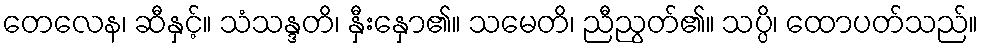
တေလေန၊ ဆီနှင့်။ သံသန္ဒတိ၊ နှီးနှော၏။ သမေတိ၊ ညီညွတ်၏။ သပ္ပိ၊ ထောပတ်သည်။